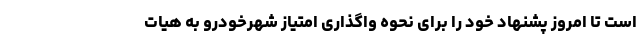
است تا امروز پشنهاد خود را برای نحوه واگذاری امتیاز شهرخودرو به هیات